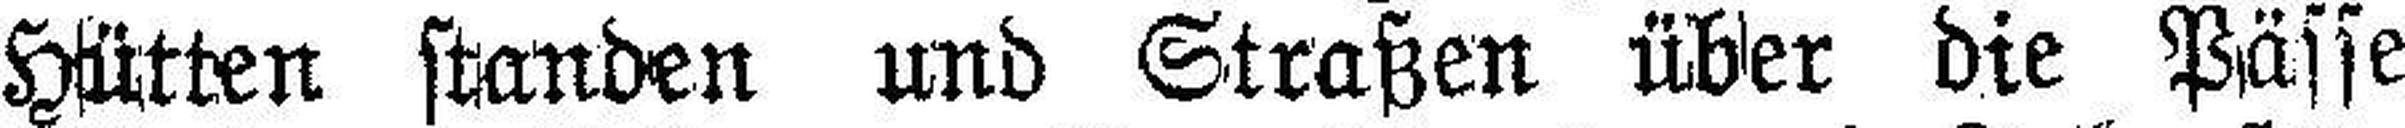
Hütten standen und Straßen über die Pässe